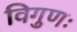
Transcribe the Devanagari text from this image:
विगुणः